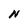
Character: N